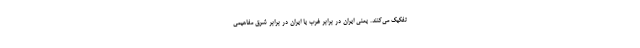
تفکیک می‌کنند. یعنی ایران در برابر غرب یا ایران در برابر شرق مفاهیمی